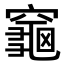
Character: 𪚨